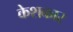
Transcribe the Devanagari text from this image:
केशकार